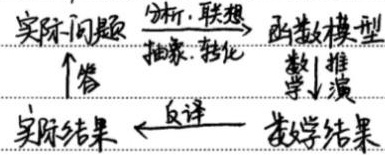
\[
\begin{matrix}
\text{实际问题} & \xrightarrow{\text{分析.联想}} & \text{函数模型} \\
\uparrow\text{答} & & \downarrow\text{数学推演} \\
\text{实际结果} & \xleftarrow{\text{反译}} & \text{数学结果}
\end{matrix}
\]